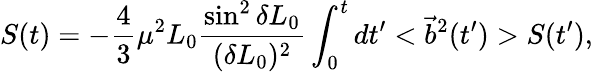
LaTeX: S(t)=-\frac 43\mu^{2}L_{0}\frac{\sin^{2}\delta L_{0}}{(\delta L_{0})^{2}}\int_{0}^{t}dt^{\prime}<\vec{b}^{2}(t^{\prime})>S(t^{\prime}),